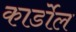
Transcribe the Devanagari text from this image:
कार्डोल